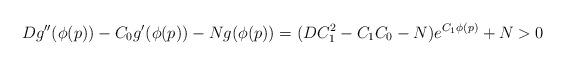
LaTeX: \begin{align*} Dg''(\phi(p))-C_0 g'(\phi(p))-Ng(\phi(p))=(DC_1^2-C_1C_0-N)e^{C_1\phi(p)}+N>0 \end{align*}